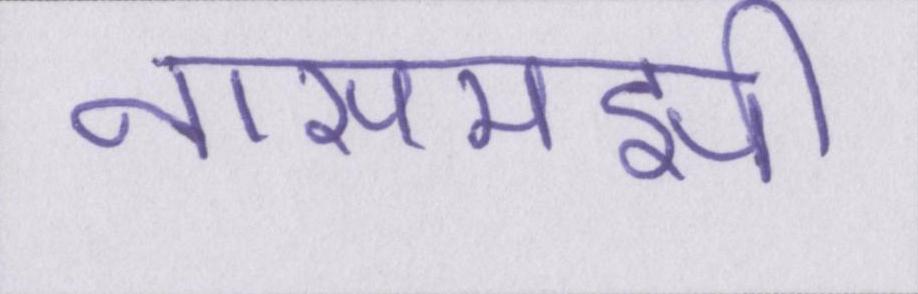
नासमझी